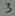
Text: 3